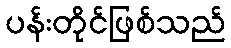
ပန်းတိုင်ဖြစ်သည်